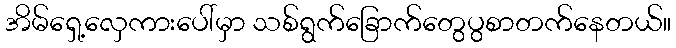
အိမ်ရှေ့လှေကားပေါ်မှာ သစ်ရွက်ခြောက်တွေပွစာတက်နေတယ်။